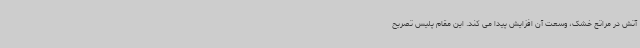
آتش در مراتع خشک، وسعت آن افزایش پیدا می کند. این مقام پلیس تصریح